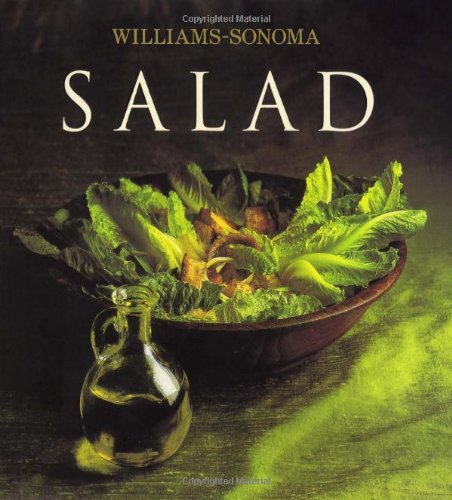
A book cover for Williams-Sonoma Collection: Salad; Georgeanne Brennan; Cookbooks, Food & Wine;